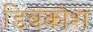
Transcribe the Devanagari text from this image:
डिंबकोश